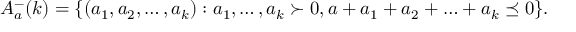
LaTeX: A _ { a } ^ { - } ( k ) = \{ ( a _ { 1 } , a _ { 2 } , \ldots , a _ { k } ) : a _ { 1 } , \ldots , a _ { k } \succ 0 , a + a _ { 1 } + a _ { 2 } + \ldots + a _ { k } \preceq 0 \} .